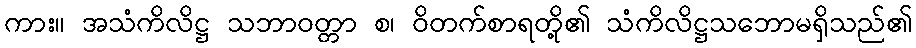
ကား။ အသံကိလိဋ္ဌ သဘာဝတ္တာ စ၊ ဝိတက်စာရတို့၏ သံကိလိဋ္ဌသဘောမရှိသည်၏